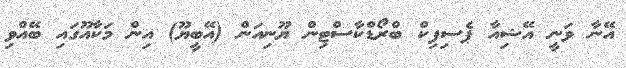
އޭނާ ވަނީ އޭޝިއާ ޕެސިފިކް ބްރޯޑްކާސްޓިން ޔޫނިއަން (އޭބީޔޫ) އިން މަކާއޫގައި ބޭއްވި